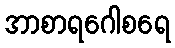
အာစာရဂေါစရေ